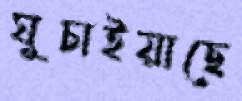
ঘুচাইয়াছে